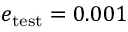
e _ { \mathrm { t e s t } } = 0 . 0 0 1